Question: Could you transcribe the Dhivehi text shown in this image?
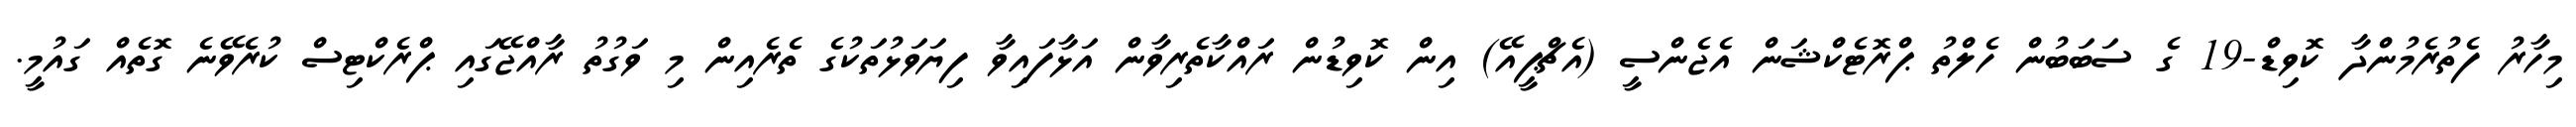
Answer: މިހާރު ފެތުރެމުންދާ ކޮވިޑް-19 ގެ ސަބަބުން ހެލްތު ޕްރޮޓެކްޝަން އެޖެންސީ (އެޗްޕީއޭ) އިން ކޮވިޑުން ރައްކާތެރިވާން އަޅާފައިވާ ފިޔަވަޅުތަކުގެ ތެރެއިން މި ވަގުތު ރާއްޖޭގައި ޕްރެކްޓިސް ކުރެވޭނެ ގޮތެއް ގައުމީ.